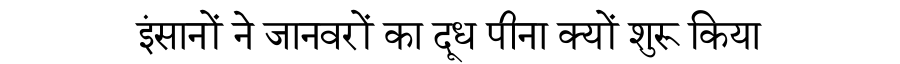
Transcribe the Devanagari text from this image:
इंसानों ने जानवरों का दूध पीना क्यों शुरू किया